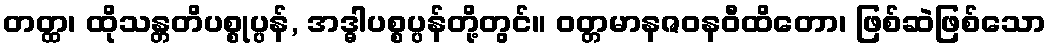
တတ္ထ၊ ထိုသန္တတိပစ္စုပ္ပန်, အဒ္ဓါပစ္စပ္ပန်တို့တွင်။ ဝတ္တမာနဇဝနဝီထိတော၊ ဖြစ်ဆဲဖြစ်သော